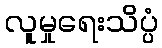
လူမှုရေးသိပ္ပံ